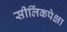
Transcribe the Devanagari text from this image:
सीलिंकपेक्षा